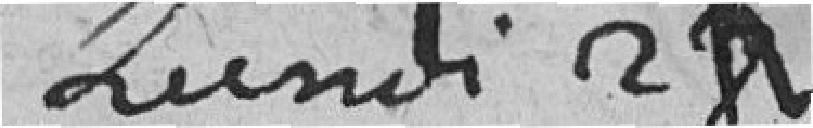
lundi 24